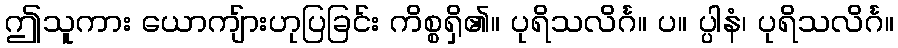
ဤသူကား ယောကျ်ားဟုပြခြင်း ကိစ္စရှိ၏။ ပုရိသလိင်္ဂ။ ပ။ ပ္ပါနံ၊ ပုရိသလိင်္ဂ။